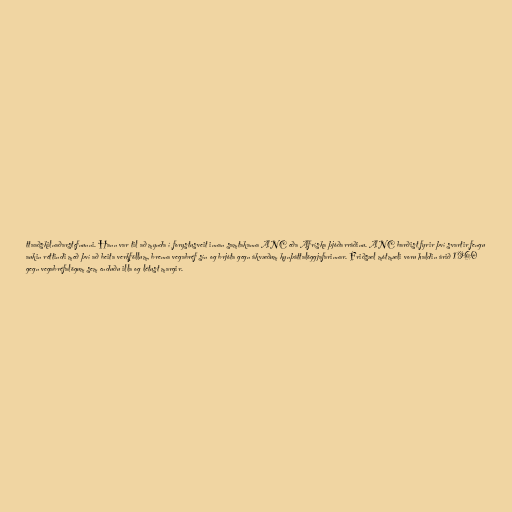
ttaaðskilnaðarstefnunni. Hann var til að mynda í forystusveit innan samtakanna ANC eða Afríska þjóðarráðinu. ANC barðist fyrir því svartir fengu
aukin réttindi með því að beita verkföllum, brenna vegabréf sín og brjóta gegn ákvæðum kynþáttalöggjafarinnar. Friðsæl mótmæli voru haldin árið 1960
gegn vegabréfalögum sem enduðu illa og létust margir.